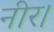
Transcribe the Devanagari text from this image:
नीर।